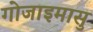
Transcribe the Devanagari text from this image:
गोजाइमासु